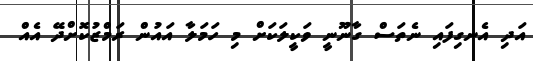
އަދި އެނގިފައި ނެތަސް ގާނޫނީ ވަކީލަކަށް މި ހަމަލާ އައުން ރަމްޒުކޮށްދޭ އެއް